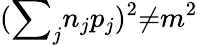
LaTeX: ({{\sum}_{j}n_{j}p_{j}})^{2}{\neq}m^{2}